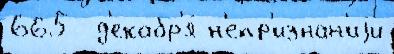
665  д'екабр'я́ н'епр'изнан'иjи